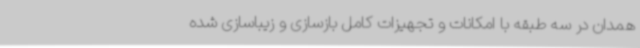
همدان در سه طبقه با امکانات و تجهیزات کامل بازسازی و زیباسازی شده